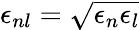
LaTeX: \epsilon_{nl}=\sqrt{\epsilon_{n}\epsilon_{l}}